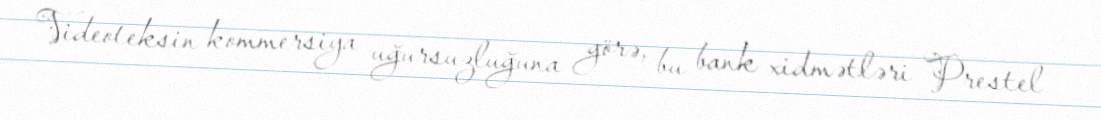
Videoteksin kommersiya uğursuzluğuna görə, bu bank xidmətləri Prestel